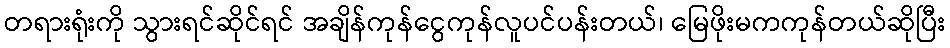
တရားရုံးကို သွားရင်ဆိုင်ရင် အချိန်ကုန်ငွေကုန်လူပင်ပန်းတယ်၊ မြေဖိုးမကကုန်တယ်ဆိုပြီး